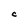
Character: C